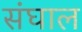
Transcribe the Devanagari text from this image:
संघाल